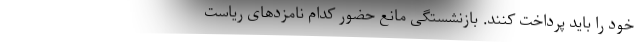
خود را باید پرداخت کنند. بازنشستگی مانع حضور کدام نامزدهای ریاست